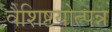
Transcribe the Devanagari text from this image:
वैशिष्टयोत्पन्न